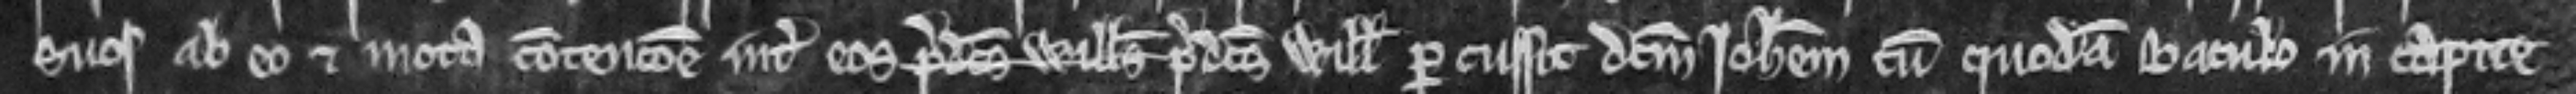
suos ab eo et mota contencione inter eos predictus Willelmus predictus Willelmus percussit dictum Johannem cum quodam baculo in capite